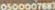
0500007887